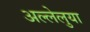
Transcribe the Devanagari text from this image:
अल्लेलुया